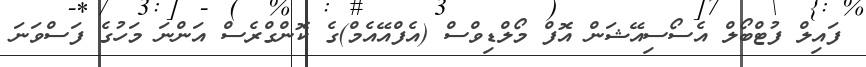
ފައިލް ފުޓްބޯލް އެސޯސިއޭޝަން އޮފް މޯލްޑިވްސް (އެފްއޭއެމް)ގެ ކޮންގްރެސް އަންނަ މަހުގެ ފަސްވަނަ